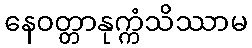
နေဝတ္တာနုက္ကံသိဿာမ